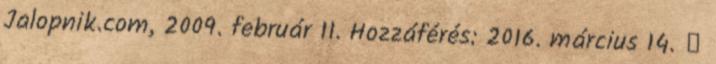
Jalopnik.com, 2009. február 11. Hozzáférés: 2016. március 14. ↑